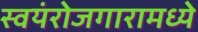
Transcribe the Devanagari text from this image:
स्वयंरोजगारामध्ये